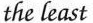
the least